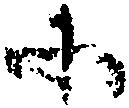
所